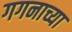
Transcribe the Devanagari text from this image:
गगनाच्या